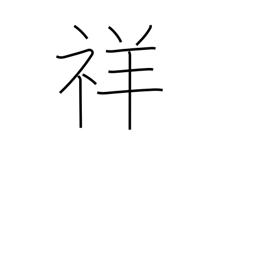
Meaning: auspicious